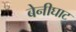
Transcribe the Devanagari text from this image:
बेनीघाट